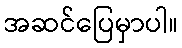
အဆင်ပြေမှာပါ။